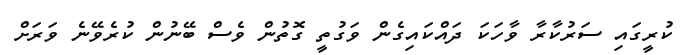
ކުރީގައި ސަރުކާރާ ވާހަކަ ދައްކައިގެން ވަގުތީ ގޮތުން ވެސް ބޭނުން ކުރެވޭނެ ވަރަށް